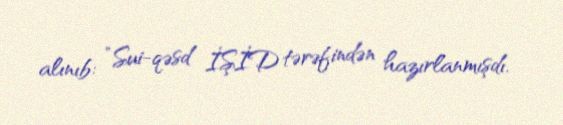
alınıb: ”Sui-qəsd İŞİD tərəfindən hazırlanmışdı.